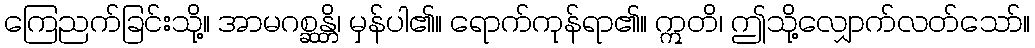
ကြေညက်ခြင်းသို့။ အာမဂစ္ဆန္တိ၊ မှန်ပါ၏။ ရောက်ကုန်ရာ၏။ ဣတိ၊ ဤသို့လျှောက်လတ်သော်။